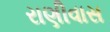
રાણીવાસ